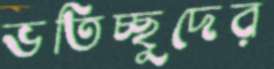
ভতিচ্ছুদের